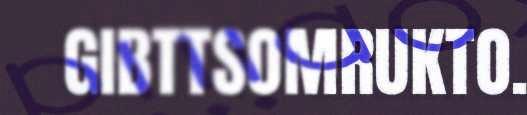
GIBTTSOMRUKTO.